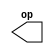
module vars( output reg [3:0]op);

reg [3 : 0]val;

always @(*)
begin
	op = val;
end

endmodule